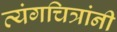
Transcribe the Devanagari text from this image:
व्यंगचित्रांनी